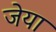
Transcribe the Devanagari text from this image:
जेया